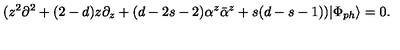
( z ^ { 2 } \partial ^ { 2 } + ( 2 - d ) z \partial _ { z } + ( d - 2 s - 2 ) \alpha ^ { z } \bar { \alpha } ^ { z } + s ( d - s - 1 ) ) | \Phi _ { p h } \rangle = 0 .